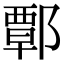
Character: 𨝸